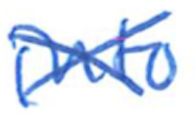
Text: into
Cross-out: cross
Writing tool: ballpoint